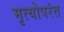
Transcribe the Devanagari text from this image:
मृत्योपरंत